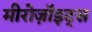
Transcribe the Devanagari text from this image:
मीरोज़ॉइट्स